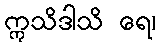
ဣသိဒါသိ ရေ၊